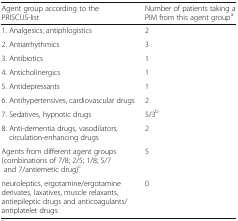
<table><thead><tr><td><b>Agent group according to the PRISCUS-list</b></td><td><b>Number of patients taking a PIM from this agent group<sup>a</sup></b></td></tr></thead><tbody><tr><td>1. Analgesics, antiphlogistics</td><td>2</td></tr><tr><td>2. Antiarrhythmics</td><td>3</td></tr><tr><td>3. Antibiotics</td><td>1</td></tr><tr><td>4. Anticholinergics</td><td>1</td></tr><tr><td>5. Antidepressants</td><td>1</td></tr><tr><td>6. Antihypertensives, cardiovascular drugs</td><td>2</td></tr><tr><td>7. Sedatives, hypnotic drugs</td><td>5/3<sup>b</sup></td></tr><tr><td>8. Anti-dementia drugs, vasodilators, circulation-enhancing drugs</td><td>2</td></tr><tr><td>Agents from different agent groups (combinations of 7/8; 2/5; 1/8; 5/7 and 7/antiemetic drug)<sup>c</sup></td><td>5</td></tr><tr><td>neuroleptics, ergotamine/ergotamine derivates, laxatives, muscle relaxants, antiepileptic drugs and anticoagulants/antiplatelet drugs</td><td>0</td></tr></tbody></table>